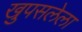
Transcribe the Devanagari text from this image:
खुपसलेला